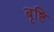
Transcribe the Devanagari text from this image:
बृष्टि